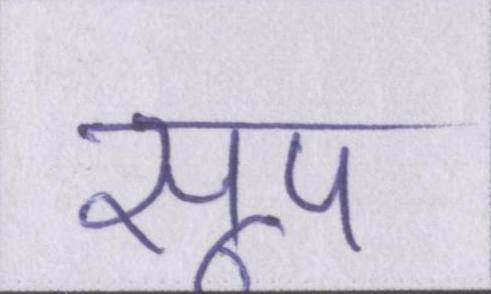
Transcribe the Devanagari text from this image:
सूप